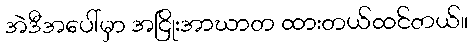
အဲဒီအပေါ်မှာ အငြိုးအာဃာတ ထားတယ်ထင်တယ်။